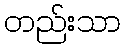
တည်းသာ